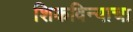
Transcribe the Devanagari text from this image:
शिकविन्याचा